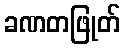
ခဏတဖြုတ်